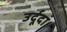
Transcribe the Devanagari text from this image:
उर्दूदां